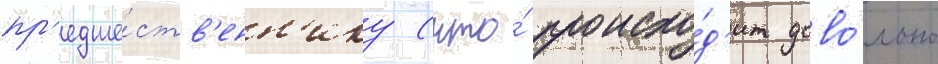
пр'едше́ств'енн'ику (что́ происхо́д'ит дово́льно